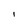
Character: I